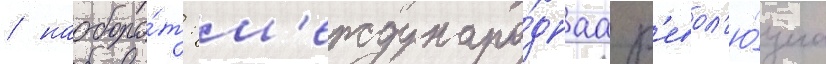
/ наоборо́т: м'еждунаро́днаа р'евол'ю́циа